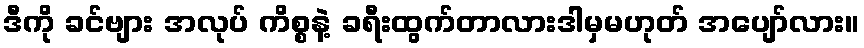
ဒီကို ခင်ဗျား အလုပ် ကိစ္စနဲ့ ခရီးထွက်တာလားဒါမှမဟုတ် အပျော်လား။